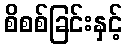
စိစစ်ခြင်းနှင့်